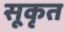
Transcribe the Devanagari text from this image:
सूकृत